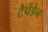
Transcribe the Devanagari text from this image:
टैपेंडेन